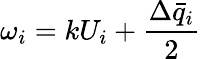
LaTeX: \omega_{i}=kU_{i}+\frac{\Delta\bar{q}_{i}}{2}